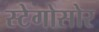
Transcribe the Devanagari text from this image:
स्टेगोसोर